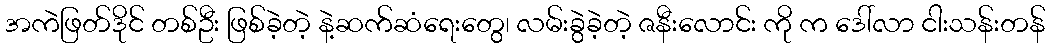
အကဲဖြတ်ဒိုင် တစ်ဦး ဖြစ်ခဲ့တဲ့ နဲ့ဆက်ဆံရေးတွေ၊ လမ်းခွဲခဲ့တဲ့ ဇနီးလောင်း ကို က ဒေါ်လာ ငါးသန်းတန်